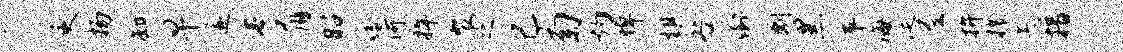
更扬卸早遂垂肩昭嗒何捍裴之己菊灼悼棋咎倒剽黑平海涎尼拚攘忐措